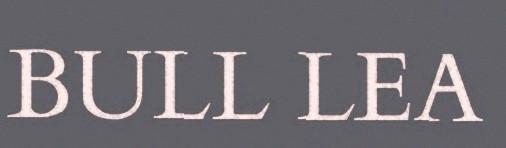
BULL LEA